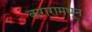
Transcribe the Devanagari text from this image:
करारामधून